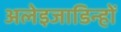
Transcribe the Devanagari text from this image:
अलेइजाडिन्हों